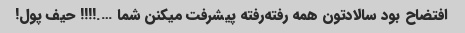
افتضاح بود سالادتون همه رفته‌رفته پیشرفت میکنن شما ….!!!! حیف پول!